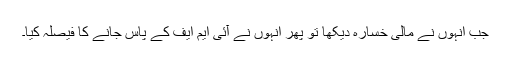
جب انہوں نے مالی خسارہ دیکھا تو پھر انہوں نے آئی ایم ایف کے پاس جانے کا فیصلہ کیا۔